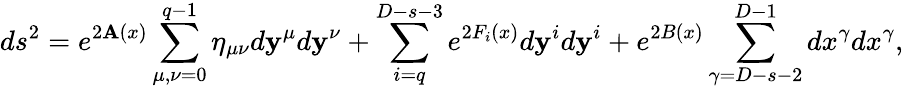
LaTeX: ds^{2}=e^{2\mathbf{A}(x)}\sum_{\mu,\nu=0}^{q-1}\eta_{\mu\nu}d\mathbf{y}^{\mu}d\mathbf{y}^{\nu}+\sum_{i=q}^{D-s-3}e^{2F_{i}(x)}d\mathbf{y}^{i}d\mathbf{y}^{i}+e^{2B(x)}\sum_{\gamma=D-s-2}^{D-1}dx^{\gamma}dx^{\gamma},